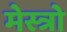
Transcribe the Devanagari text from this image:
मेस्त्रो